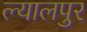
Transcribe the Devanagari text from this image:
ल्यालपुर